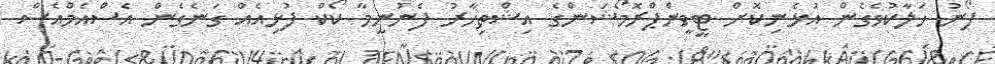
ފޯނު ހަލާކުވެގެން އުޅެނިކޮށް ޓީވީންޕްރޮމޯޝަންގެ އިޝްތިހާރު ފެނުނީމާ ކޯކް ފުޅިއެއް ގަނެގެން އެސްއެމްއެސް